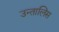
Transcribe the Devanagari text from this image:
उन्तालिस